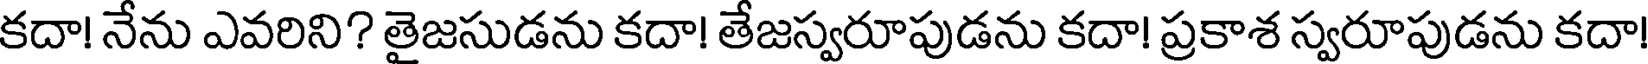
కదా! నేను ఎవరిని? తైజసుడను కదా! తేజస్వరూపుడను కదా! ప్రకాశ స్వరూపుడను కదా